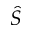
\hat { S }